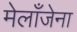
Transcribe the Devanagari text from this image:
मेलाँजेना